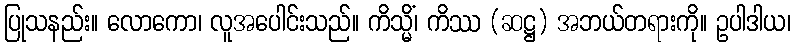
ပြုသနည်း။ လောကော၊ လူအပေါင်းသည်။ ကိသ္မိံ၊ ကိဿ (ဆဋ္ဌ) အဘယ်တရားကို။ ဥပါဒါယ၊